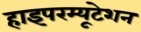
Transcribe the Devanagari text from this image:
हाइपरम्यूटेशन